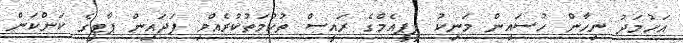
އަހުމަދު ނިހާން ހުސައިން މަނިކު ޕީޕީއެމްގެ ރައީސް ތުހުމަތުކުރެއްވި ފަދައިން ޕާޓީގެ ކަންކަން